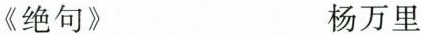
《绝句》 杨万里